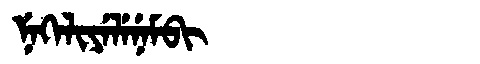
Manchu: ᠨᡝᡴᡝᠯᡳᠶᡝᠯᡝᠨᡝᠮᠪᡳ
Romanization: NEKELIYELENEMBI